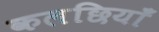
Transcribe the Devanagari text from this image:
कलछियाँ